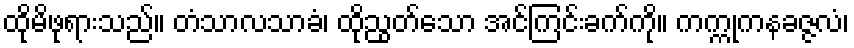
ထိုမိဖုရားသည်။ တံသာလသာခံ၊ ထိုညွတ်သော အင်ကြင်းခက်ကို။ ကက္ကုကနခဇ္ဇလံ၊